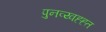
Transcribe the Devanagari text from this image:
पुनव्य्वह्ह्त